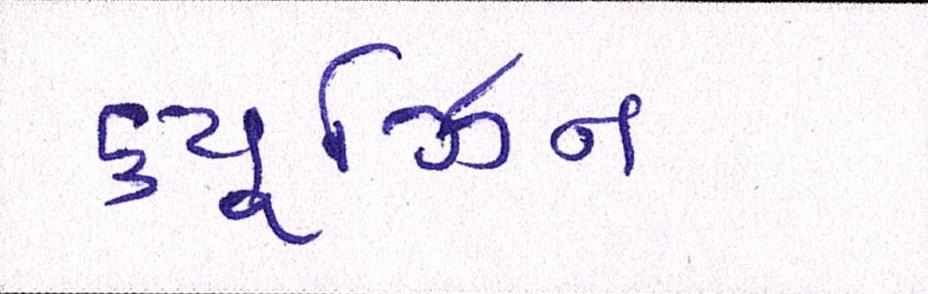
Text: ક્યૂઝિન